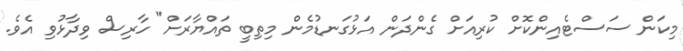
މިކަން ސަސްޓެއިންކޮށް ކުރިއަށް ގެންދަން އަޅުގަނޑުމެން މިތިބީ ތައްޔާރަށް" ހާރިސް ވިދާޅުވި އެވެ.